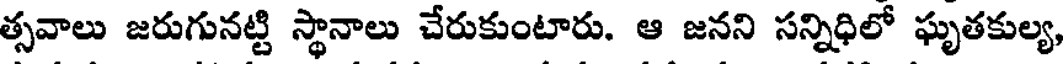
త్సవాలు జరుగునట్టి స్థానాలు చేరుకుంటారు. ఆ జనని సన్నిధిలో ఘృతకుల్య,